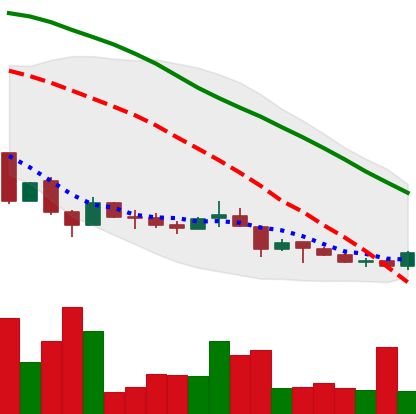
Ticker: LINK-USD
Chart end date: 2018-06-29
Forward return: 28.284%
Label: up_7plus